Insane asylums in Bengal annual reports 1876-1887 - 1876-1887
Year: 1876
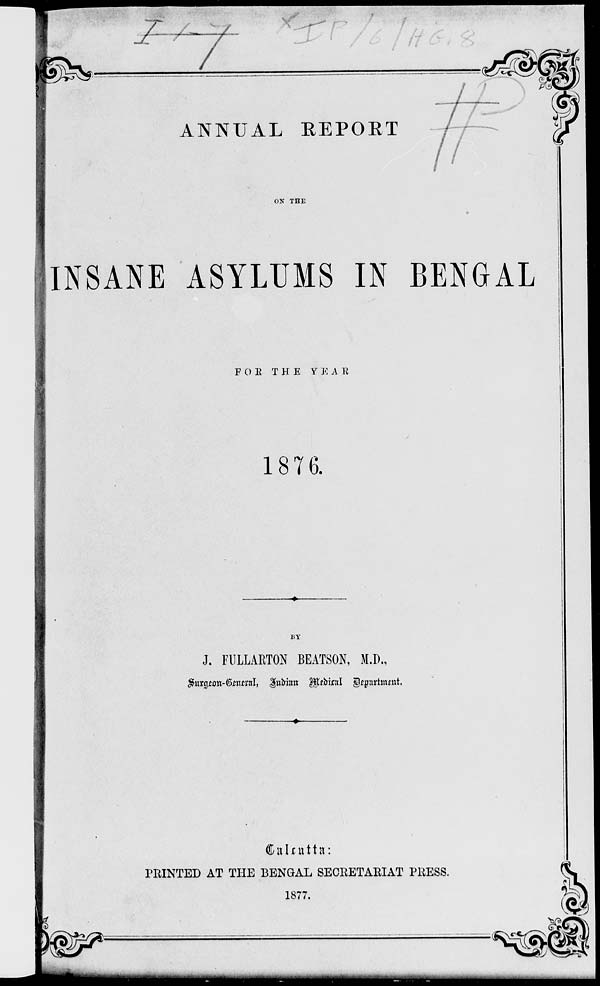
ANNUAL REPORT
ON THE
INSANE ASYLUMS IN BENGAL
FOR THE YEAR
1876.
BY
J. FULLARTON BEATSON, M.D.,
Surgeon-General, Indian Medical Department.
Calcutta:
PRINTED AT THE BENGAL SECRETARIAT PRESS.
1877.